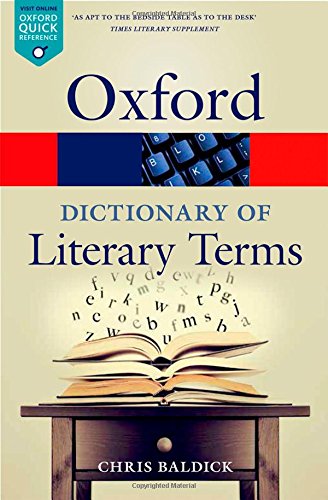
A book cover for The Oxford Dictionary of Literary Terms (Oxford Quick Reference); Chris Baldick; Literature & Fiction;